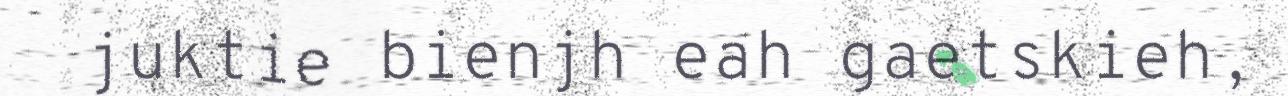
juktie bienjh eah gaetskieh,